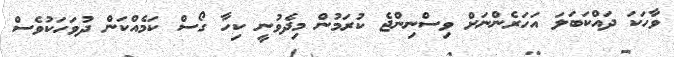
ވާހަކަ ދައްކަބަލަ އަހަރެންނަށް ވިސްނިންޖެ ކުރަމުން މިދެވުނީ ކިހާ ގޯސް ކަމެއްކަން ދުވަހަކުވެސް